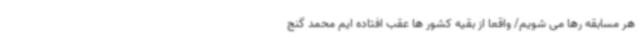
هر مسابقه رها می شویم/ واقعا از بقیه کشور ها عقب افتاده ایم محمد گنج